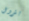
بترول